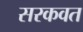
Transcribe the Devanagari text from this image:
सरकवत